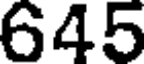
645